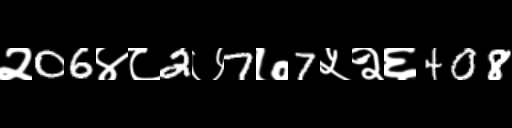
Text: २06४८2७7७7५२६408